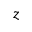
z